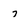
Character: 7